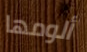
ألومها